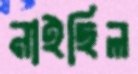
নাইছিল